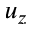
u _ { z }